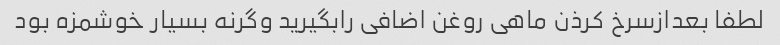
لطفا بعدازسرخ کرذن ماهی روغن اضافی رابگیرید وگرنه بسیار خوشمزه بود